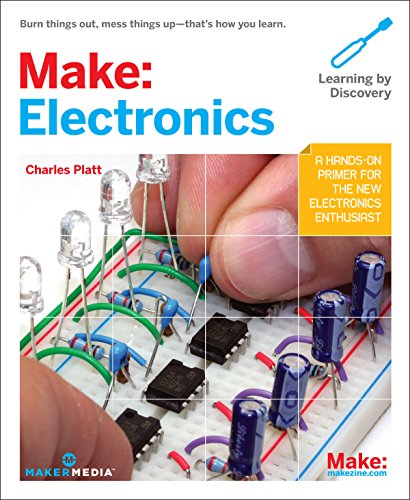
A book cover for Make: Electronics (Learning by Discovery); Charles Platt; Engineering & Transportation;